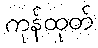
ကုန်ထုတ်